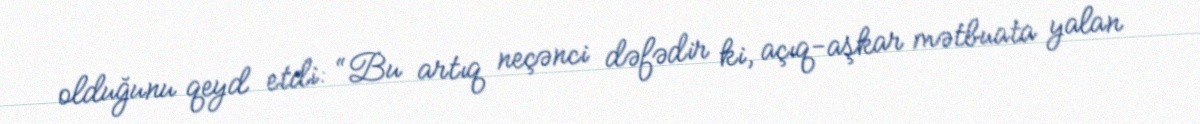
olduğunu qeyd etdi: “Bu artıq neçənci dəfədir ki, açıq-aşkar mətbuata yalan